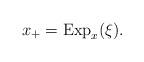
LaTeX: \begin{align*}x_+= {\rm Exp}_x(\xi). \end{align*}